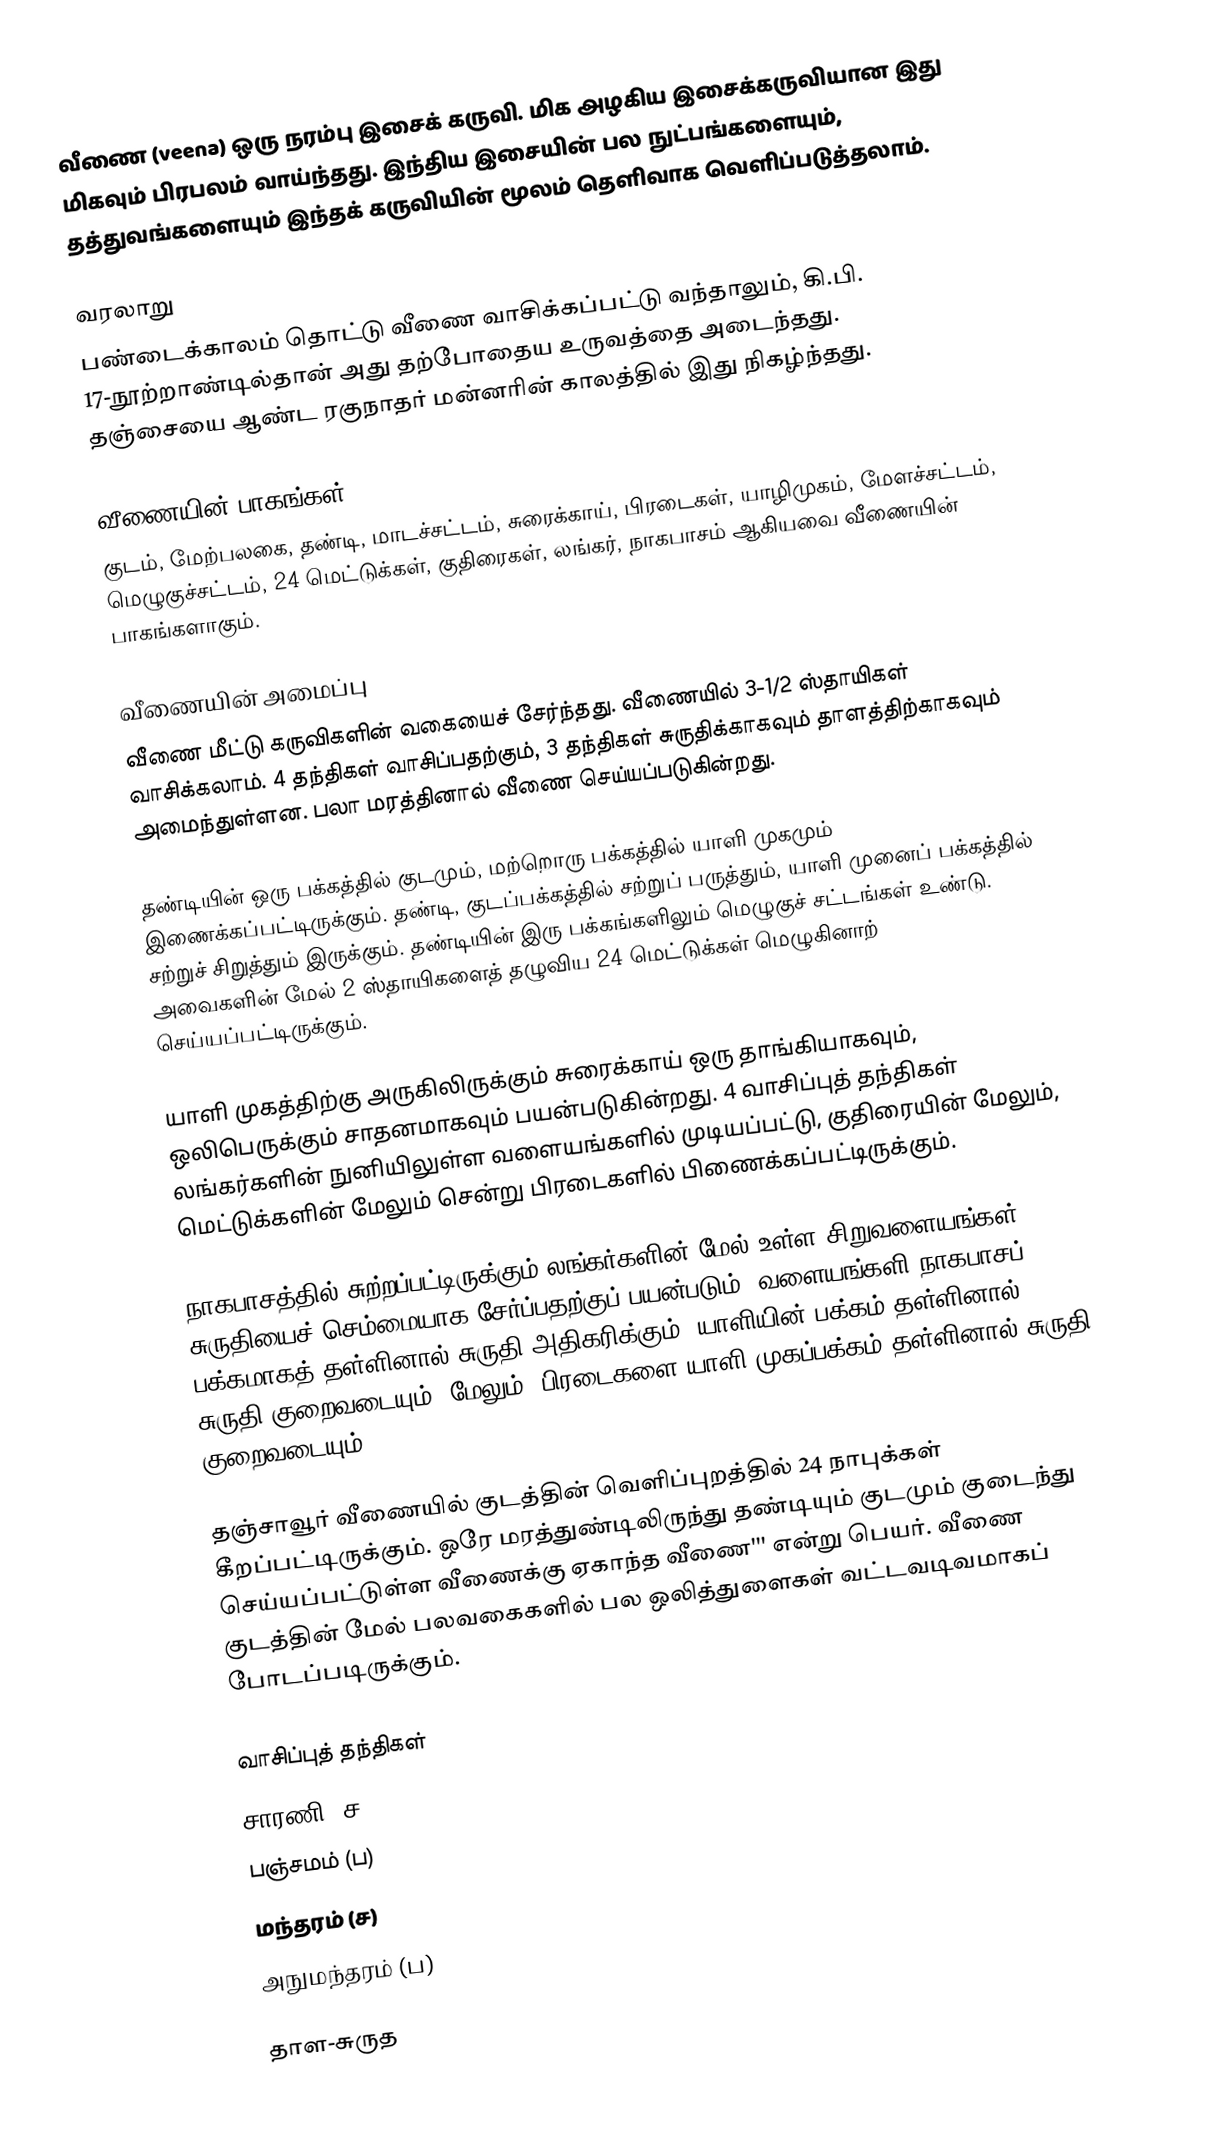
வீணை (veena) ஒரு நரம்பு இசைக் கருவி. மிக அழகிய இசைக்கருவியான இது மிகவும் பிரபலம் வாய்ந்தது. இந்திய இசையின் பல நுட்பங்களையும், தத்துவங்களையும் இந்தக் கருவியின் மூலம் தெளிவாக வெளிப்படுத்தலாம்.

வரலாறு
பண்டைக்காலம் தொட்டு வீணை வாசிக்கப்பட்டு வந்தாலும், கி.பி. 17-நூற்றாண்டில்தான் அது தற்போதைய உருவத்தை அடைந்தது. தஞ்சையை ஆண்ட ரகுநாதர் மன்னரின் காலத்தில் இது நிகழ்ந்தது.

வீணையின் பாகங்கள்
குடம், மேற்பலகை, தண்டி, மாடச்சட்டம், சுரைக்காய், பிரடைகள், யாழிமுகம், மேளச்சட்டம், மெழுகுச்சட்டம், 24 மெட்டுக்கள், குதிரைகள், லங்கர், நாகபாசம் ஆகியவை வீணையின் பாகங்களாகும்.

வீணையின் அமைப்பு
வீணை மீட்டு கருவிகளின் வகையைச் சேர்ந்தது. வீணையில் 3-1/2 ஸ்தாயிகள் வாசிக்கலாம். 4 தந்திகள் வாசிப்பதற்கும், 3 தந்திகள் சுருதிக்காகவும் தாளத்திற்காகவும் அமைந்துள்ளன. பலா மரத்தினால் வீணை செய்யப்படுகின்றது.

தண்டியின் ஒரு பக்கத்தில் குடமும், மற்றொரு பக்கத்தில் யாளி முகமும் இணைக்கப்பட்டிருக்கும். தண்டி, குடப்பக்கத்தில் சற்றுப் பருத்தும், யாளி முனைப் பக்கத்தில் சற்றுச் சிறுத்தும் இருக்கும். தண்டியின் இரு பக்கங்களிலும் மெழுகுச் சட்டங்கள் உண்டு. அவைகளின் மேல் 2 ஸ்தாயிகளைத் தழுவிய 24 மெட்டுக்கள் மெழுகினாற் செய்யப்பட்டிருக்கும்.

யாளி முகத்திற்கு அருகிலிருக்கும் சுரைக்காய் ஒரு தாங்கியாகவும், ஒலிபெருக்கும் சாதனமாகவும் பயன்படுகின்றது. 4 வாசிப்புத் தந்திகள் லங்கர்களின் நுனியிலுள்ள வளையங்களில் முடியப்பட்டு, குதிரையின் மேலும், மெட்டுக்களின் மேலும் சென்று பிரடைகளில் பிணைக்கப்பட்டிருக்கும்.

நாகபாசத்தில் சுற்றப்பட்டிருக்கும் லங்கர்களின் மேல் உள்ள சிறுவளையங்கள் சுருதியைச் செம்மையாக சேர்ப்பதற்குப் பயன்படும். வளையங்களி நாகபாசப் பக்கமாகத் தள்ளினால் சுருதி அதிகரிக்கும். யாளியின் பக்கம் தள்ளினால் சுருதி குறைவடையும். மேலும், பிரடைகளை யாளி முகப்பக்கம் தள்ளினால் சுருதி குறைவடையும்.

தஞ்சாவூர் வீணையில் குடத்தின் வெளிப்புறத்தில் 24 நாபுக்கள் கீறப்பட்டிருக்கும். ஒரே மரத்துண்டிலிருந்து தண்டியும் குடமும் குடைந்து செய்யப்பட்டுள்ள வீணைக்கு ஏகாந்த வீணை''' என்று பெயர். வீணை குடத்தின் மேல் பலவகைகளில் பல ஒலித்துளைகள் வட்டவடிவமாகப் போடப்படிருக்கும்.

 வாசிப்புத் தந்திகள்
 சாரணி (ச)
 பஞ்சமம் (ப)
 மந்தரம் (ச)
 அநுமந்தரம் (ப)

 தாள-சுருத